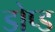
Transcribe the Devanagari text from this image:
डोप्ड